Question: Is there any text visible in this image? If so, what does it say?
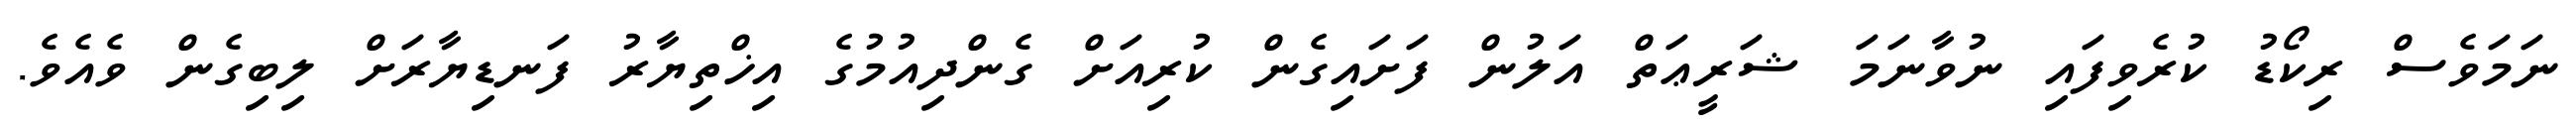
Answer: ނަމަވެސް ރިކޯޑު ކުރެވިފައި ނުވާނަމަ ޝަރީޢަތް އަލުން ފަށައިގެން ކުރިއަށް ގެންދިއުމުގެ އިޚްތިޔާރު ފަނޑިޔާރަށް ލިބިގެން ވެއެވެ.